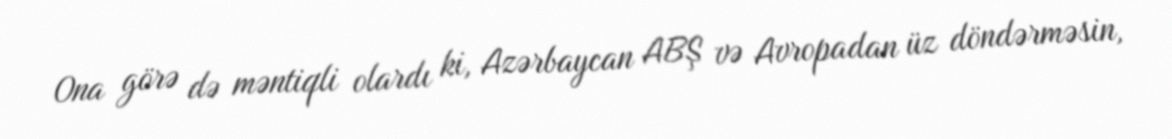
Ona görə də məntiqli olardı ki, Azərbaycan ABŞ və Avropadan üz döndərməsin,